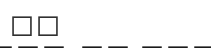
٢٣